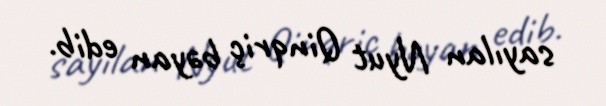
sayılan Nyut Qinqriç bəyan edib.